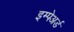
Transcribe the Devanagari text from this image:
इम्पेअर्ड